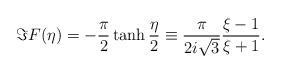
LaTeX: \begin{align*}\Im F(\eta)=-\frac{\pi}{2}\tanh\frac{\eta}{2}\equiv\frac{\pi}{2i\sqrt{3}}\frac{\xi-1}{\xi+1}.\end{align*}